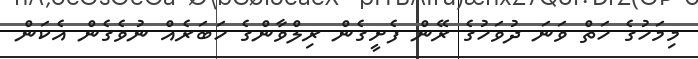
މިމަހުގެ ހަތް ވަނަ ދުވަހުގެ ރޭން ފެށީގެން ރިލްވާންގެ ހަބަރެއް ނުވެގެން އެކަން